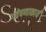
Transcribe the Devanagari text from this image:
गवेषणाकार्य